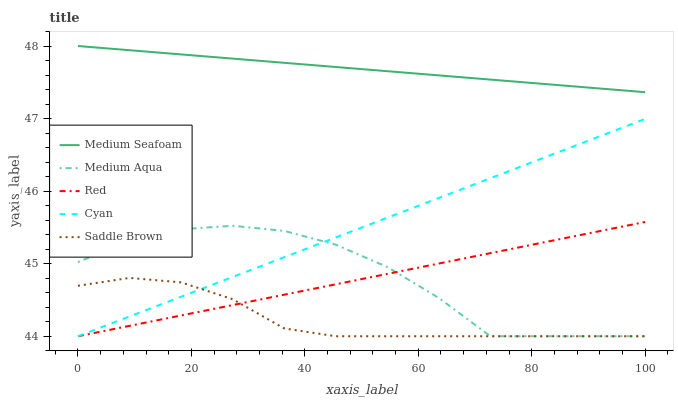
| xaxis_label | Medium Seafoam | Medium Aqua | Red | Cyan | Saddle Brown |
 | --- | --- | --- | --- | --- | --- |
 | 0 | 48 | 45 | 44 | 44 | 44.7 |
 | 9.09 | 47.9 | 45.3 | 44.1 | 44.3 | 44.8 |
 | 18.2 | 47.9 | 45.5 | 44.3 | 44.5 | 44.7 |
 | 27.3 | 47.8 | 45.5 | 44.4 | 44.8 | 44.5 |
 | 36.4 | 47.8 | 45.5 | 44.6 | 45.1 | 44.1 |
 | 45.5 | 47.7 | 45.3 | 44.7 | 45.4 | 44 |
 | 54.5 | 47.7 | 45 | 44.9 | 45.6 | 44 |
 | 63.6 | 47.6 | 44.5 | 45 | 45.9 | 44 |
 | 72.7 | 47.5 | 44 | 45.1 | 46.2 | 44 |
 | 81.8 | 47.5 | 44 | 45.3 | 46.5 | 44 |
 | 90.9 | 47.4 | 44 | 45.4 | 46.7 | 44 |
 | 100 | 47.4 | 44 | 45.6 | 47 | 44 |